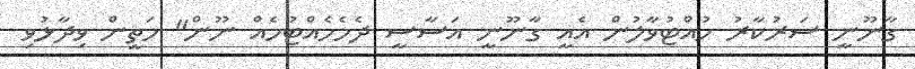
ގާނޫނީ ސަރުކާރު ހުއްޓުވާލުން އެއީ ގާނޫނީ އަސާސީ ދެމެހެއްޓުމެއް ނޫން" މަތީން ވިދާޅުވި